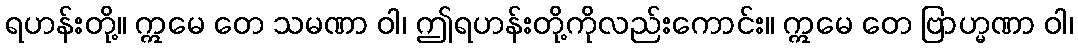
ရဟန်းတို့။ ဣမေ တေ သမဏာ ဝါ၊ ဤရဟန်းတို့ကိုလည်းကောင်း။ ဣမေ တေ ဗြာဟ္မဏာ ဝါ၊